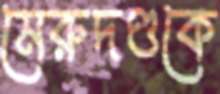
মেরুদণ্ডকে